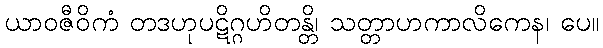
ယာဝဇီဝိကံ တဒဟုပဋိဂ္ဂဟိတန္တိ၊ သတ္တာဟကာလိကေန၊ ပေ။